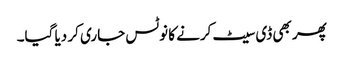
پھر بھی ڈی سیٹ کرنے کا نوٹس جاری کر دیا گیا۔